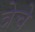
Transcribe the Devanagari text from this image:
त्रेचे